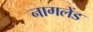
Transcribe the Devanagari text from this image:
नागलेंड